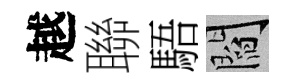
越聯䮏閻